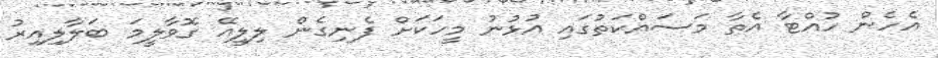
އެހެން ހުއްޓާ އެތާ މަސައްކަތުގައި އުޅުނު މީހަކަށް ފެނިގެން ލިލީއޭ ގޮވާލީމަ ބަލާލިއިރު